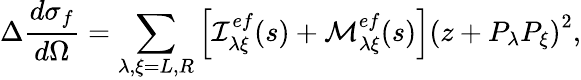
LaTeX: \Delta\frac{d\sigma_{f}}{d\Omega}=\sum_{\lambda,\xi=L,R}\left[{\cal I}_{\lambda\xi}^{ef}(s)+{\cal M}_{\lambda\xi}^{ef}(s)\right]{\left(z+P_{\lambda}P_{\xi}\right)}^{2},